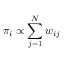
\pi _ { i } \propto \sum _ { j = 1 } ^ { N } w _ { i j }